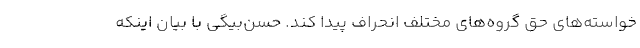
خواسته‌های حق گروه‌های مختلف انحراف پیدا کند. حسن‌بیگی با بیان اینکه